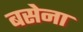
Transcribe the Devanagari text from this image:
बसेना